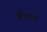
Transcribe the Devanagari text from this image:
जौन्धार